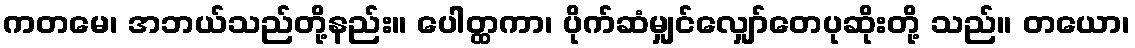
ကတမေ၊ အဘယ်သည်တို့နည်း။ ပေါတ္ထကာ၊ ပိုက်ဆံမျှင်လျှော်တေပုဆိုးတို့ သည်။ တယော၊